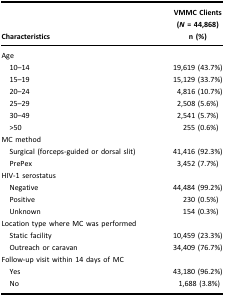
| Characteristics | VMMC Clients(N = 44,868)n (%) |
 | --- | --- |
 | Age |  |
 | 10–14 | 19,619 (43.7%) |
 | 15–19 | 15,129 (33.7%) |
 | 20–24 | 4,816 (10.7%) |
 | 25–29 | 2,508 (5.6%) |
 | 30–49 | 2,541 (5.7%) |
 | >50 | 255 (0.6%) |
 | MC method |  |
 | Surgical (forceps-guided or dorsal slit) | 41,416 (92.3%) |
 | PrePex | 3,452 (7.7%) |
 | HIV-1 serostatus |  |
 | Negative | 44,484 (99.2%) |
 | Positive | 230 (0.5%) |
 | Unknown | 154 (0.3%) |
 | Location type where MC was performed |  |
 | Static facility | 10,459 (23.3%) |
 | Outreach or caravan | 34,409 (76.7%) |
 | Follow-up visit within 14 days of MC |  |
 | Yes | 43,180 (96.2%) |
 | No | 1,688 (3.8%) |